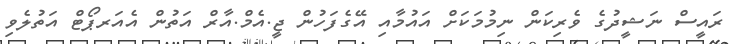
ރައީސް ނަޝީދުގެ ވެރިކަން ނިމުމަކަށް އައުމާއި އޭގެފަހުން ޖީ.އެމް.އާރް އަތުން އެއަރޕޯޓް އަތުލެވި